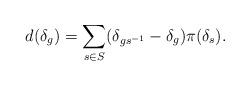
LaTeX: \begin{align*} d (\delta_g) = \sum_{s \in S} (\delta_{g s^{-1}} - \delta_g ) \pi (\delta_s). \end{align*}